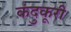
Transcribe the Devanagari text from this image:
कंदुकूरी